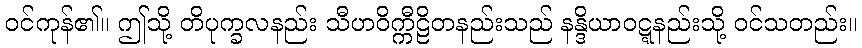
ဝင်ကုန်၏။ ဤသို့ တိပုက္ခလနည်း သီဟဝိက္ကီဠိတနည်းသည် နန္ဒိယာဝဋ္ဋနည်းသို့ ဝင်သတည်း။